Source: Computer-generated
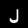
Digit: ၂ (2)